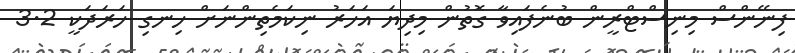
ފިނޭންސް މިނިސްޓްރީން ބުނެފައިވާ ގޮތުން މިދިޔަ އަހަރު ނިކަމެތިންނަށް ހިނގި ހަރަދަކީ 3.2